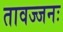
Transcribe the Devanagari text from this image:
तावज्जनः